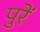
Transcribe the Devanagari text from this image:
पुरें